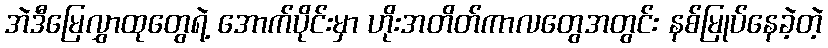
အဲဒီမြေလွှာထုတွေရဲ့ အောက်ပိုင်းမှာ ဟိုးအတိတ်ကာလတွေအတွင်း နစ်မြုပ်နေခဲ့တဲ့